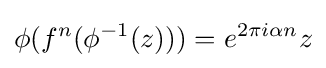
\phi (f^{n}(\phi ^{-1}(z)))=e^{2\pi i\alpha n}z